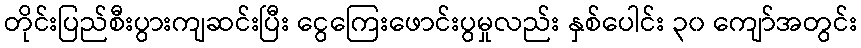
တိုင်းပြည်စီးပွားကျဆင်းပြီး ငွေကြေးဖောင်းပွမှုလည်း နှစ်ပေါင်း ၃၀ ကျော်အတွင်း